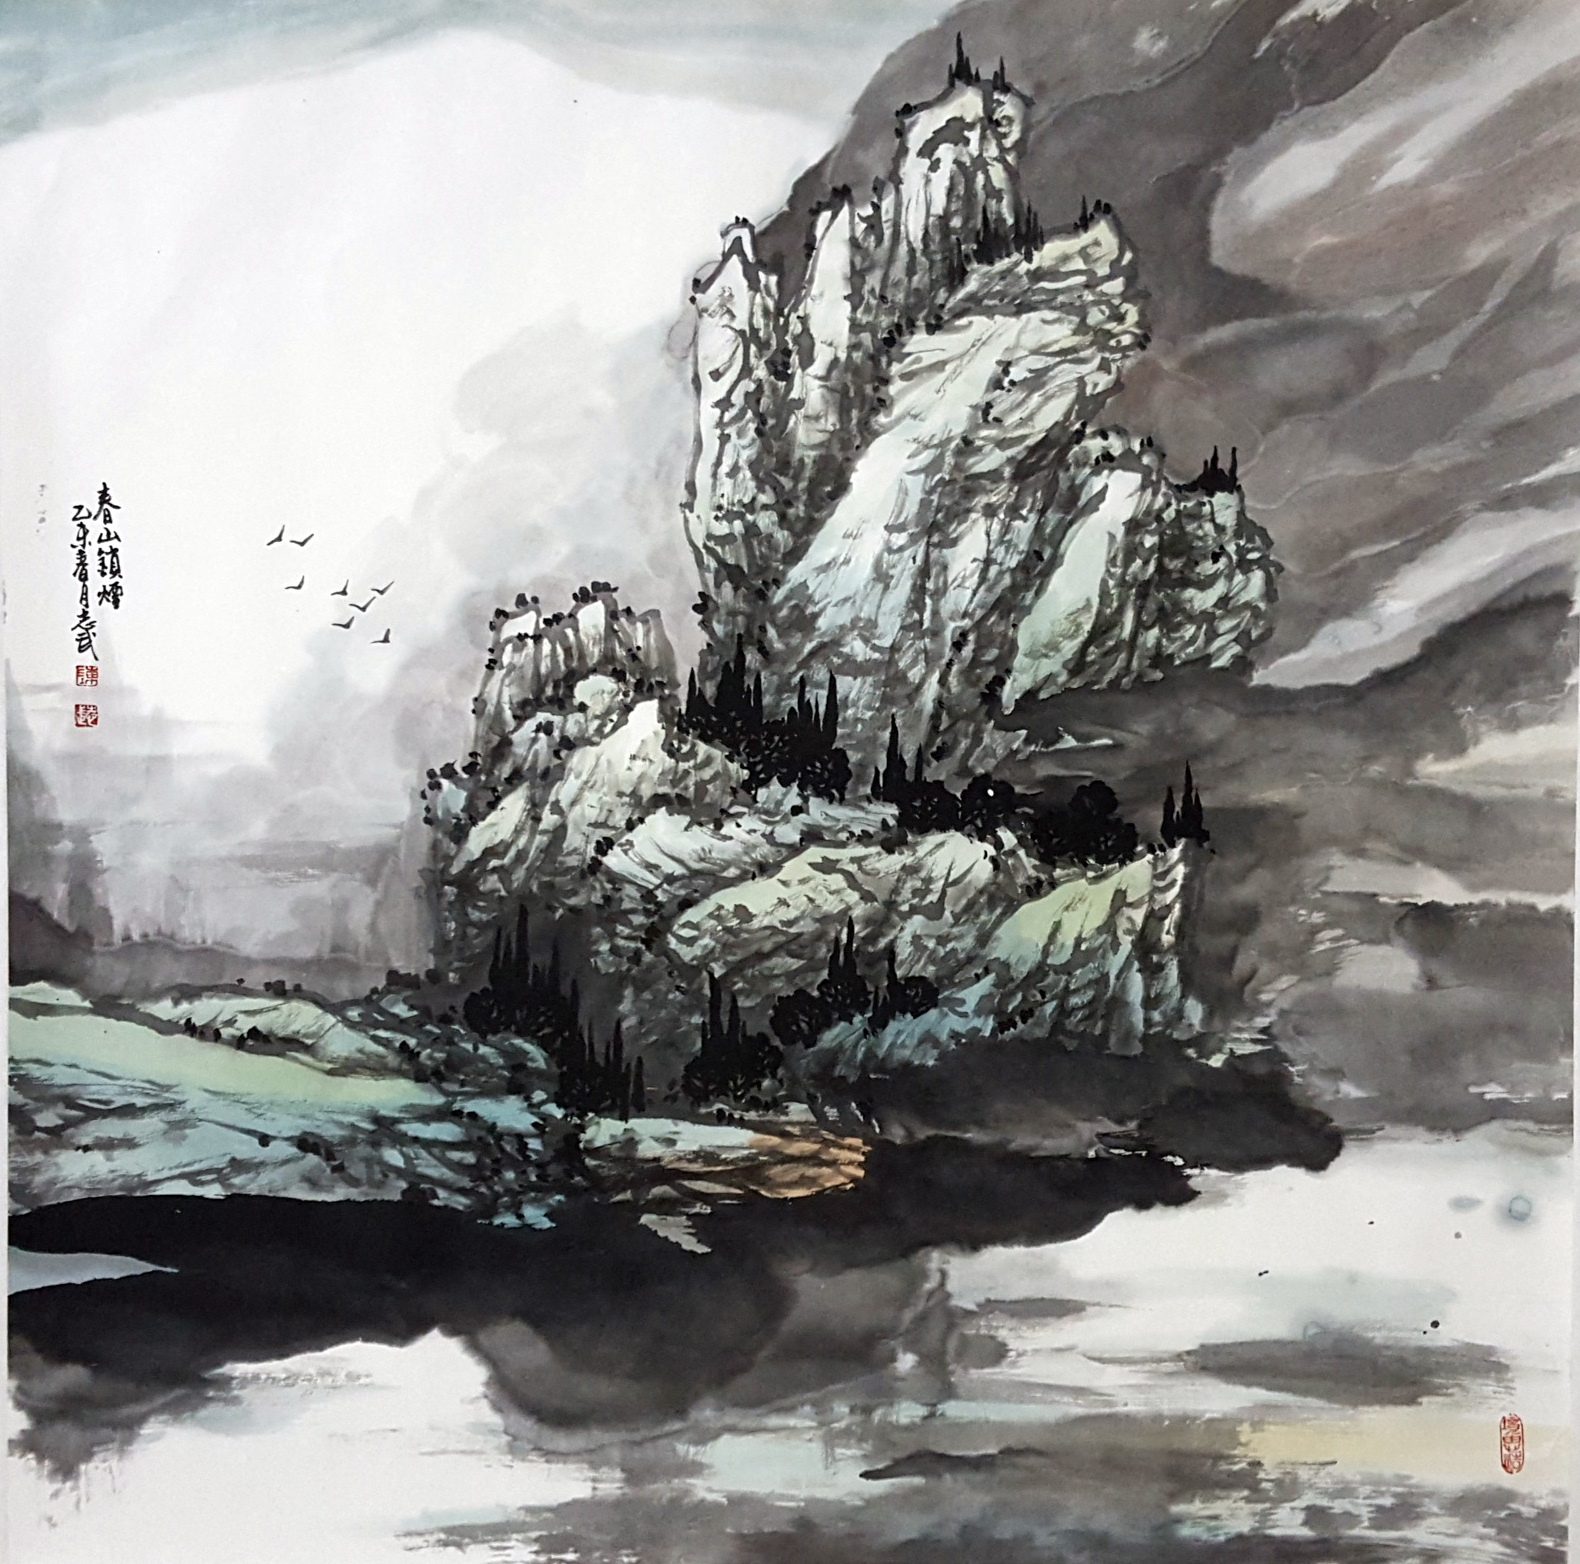
层楼望，春山叠家何在？